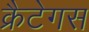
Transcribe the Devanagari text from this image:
क्रैटेगस